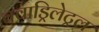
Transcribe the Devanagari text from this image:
क्वाड्रिलेट्रल